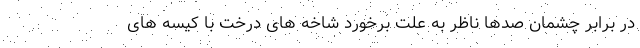
در برابر چشمان صدها ناظر به علت برخورد شاخه های درخت با کیسه های